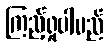
ကြည့်ရှုပါမည်